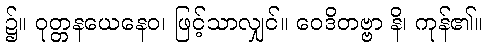
၌။ ဝုတ္တနယေနေဝ၊ ဖြင့်သာလျှင်။ ဝေဒိတဗ္ဗာ နိ၊ ကုန်၏။